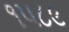
૧૫૮૯